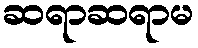
ဆရာဆရာမ